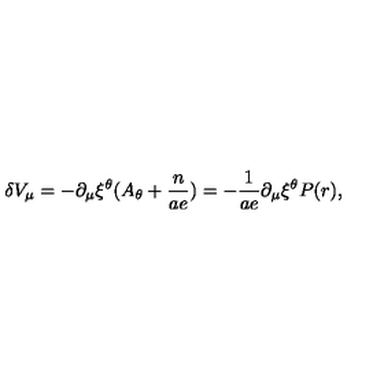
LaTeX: \delta V _ { \mu } = - \partial _ { \mu } \xi ^ { \theta } ( A _ { \theta } + \frac { n } { a e } ) = - \frac { 1 } { a e } \partial _ { \mu } \xi ^ { \theta } P ( r ) ,